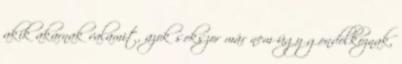
akik akarnak valamit, azok sokszor már nem úgy gondolkoznak,